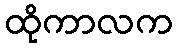
ထိုကာလက